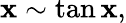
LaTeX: \mathbf{x}\sim\tan\mathbf{x},